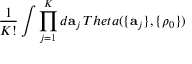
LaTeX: \frac { 1 } { K ! } \int \prod _ { j = 1 } ^ { K } d { \bf a } _ { j } \, T h e t a ( \{ { \bf a } _ { j } \} , \{ \rho _ { 0 } \} )